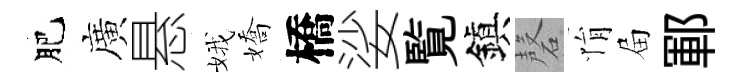
肥廣悬娥嬌橋娑覧鎭磬悁屇鄆